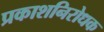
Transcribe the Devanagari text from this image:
प्रकाशनिरोधक